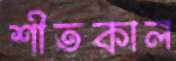
শীতকাল